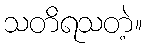
သတိရသတဲ့။